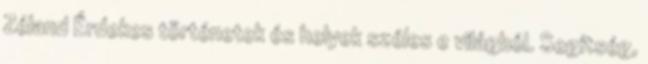
Zéland Érdekes történetek és helyek széles e világból. Segítség,